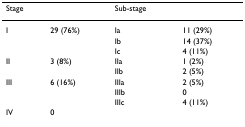
<table><thead><tr><td><b>Stage</b></td><td></td><td><b>Sub-stage</b></td><td></td></tr></thead><tbody><tr><td>I</td><td>29 (76%)</td><td>Ia</td><td>11 (29%)</td></tr><tr><td></td><td></td><td>Ib</td><td>14 (37%)</td></tr><tr><td></td><td></td><td>Ic</td><td>4 (11%)</td></tr><tr><td>II</td><td>3 (8%)</td><td>IIa</td><td>1 (2%)</td></tr><tr><td></td><td></td><td>IIb</td><td>2 (5%)</td></tr><tr><td>III</td><td>6 (16%)</td><td>IIIa</td><td>2 (5%)</td></tr><tr><td></td><td></td><td>IIIb</td><td>0</td></tr><tr><td></td><td></td><td>IIIc</td><td>4 (11%)</td></tr><tr><td>IV</td><td>0</td><td></td><td></td></tr></tbody></table>